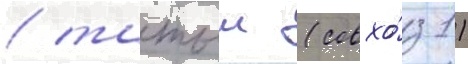
/ татыш (совхо́з 1)